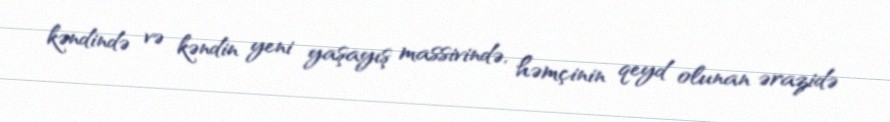
kəndində və kəndin yeni yaşayış massivində, həmçinin qeyd olunan ərazidə